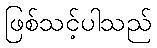
ဖြစ်သင့်ပါသည်